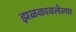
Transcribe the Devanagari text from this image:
झळकावलेल्या